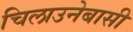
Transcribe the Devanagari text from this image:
चिलाउनेबासी